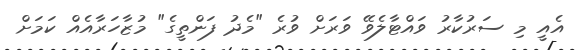
އެއީ މި ސަރުކާރު ވައްޓާލެވޭ ވަރަށް ވުރެ "މެދު ފަންތީގެ" މުޒާހަރާއެއް ކަމަށް